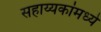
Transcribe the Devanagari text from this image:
सहाय्यकांमध्ये